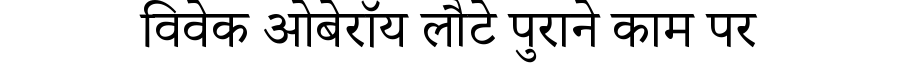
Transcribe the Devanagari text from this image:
विवेक ओबेरॉय लौटे पुराने काम पर